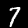
Label: 7